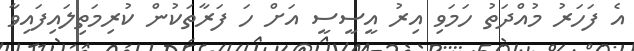
އެ ފަހަރު މުއްދަތު ހަމަވި އިރު އީސީސީ އަށް ހަ ފަރާތަކުން ކުރިމަތިލައިފައިވާ